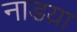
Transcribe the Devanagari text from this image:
नाडय़ा